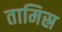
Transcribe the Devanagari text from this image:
तामिस्र